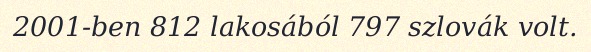
2001-ben 812 lakosából 797 szlovák volt.